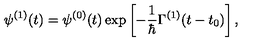
\psi ^ { ( 1 ) } ( t ) = \psi ^ { ( 0 ) } ( t ) \exp \left[ - \frac { 1 } { \hbar } \Gamma ^ { ( 1 ) } ( t - t _ { 0 } ) \right] ,